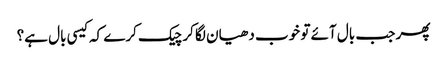
پھر جب بال آئے تو خوب دھیان لگا کر چیک کرے کہ کیسی بال ہے؟